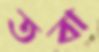
তবা